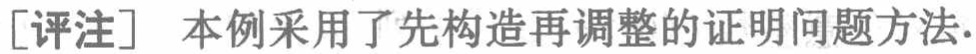
[评注] 本例采用了先构造再调整的证明问题方法.